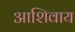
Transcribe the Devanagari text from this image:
आशिवाय